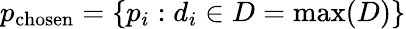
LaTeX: p_{\mathrm{chosen}}=\{ p_{i}:d_{i}\in D=\operatorname*{max}(D)\}